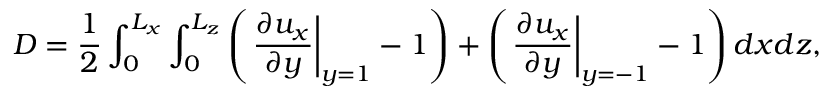
D = \frac { 1 } { 2 } \int _ { 0 } ^ { L _ { x } } \int _ { 0 } ^ { L _ { z } } \left( \left. \frac { \partial u _ { x } } { \partial y } \right| _ { y = 1 } - 1 \right) + \left( \left. \frac { \partial u _ { x } } { \partial y } \right| _ { y = - 1 } - 1 \right) d x d z ,